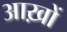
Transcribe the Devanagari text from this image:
आख़ों